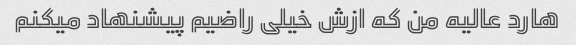
هارد عالیه من که ازش خیلی راضیم پیشنهاد میکنم